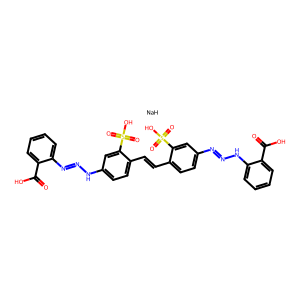
SMILES: O=C(O)c1ccccc1N=NNc1ccc(C=Cc2ccc(N=NNc3ccccc3C(=O)O)cc2S(=O)(=O)O)c(S(=O)(=O)O)c1.[NaH]
Inhibits HIV replication: Yes